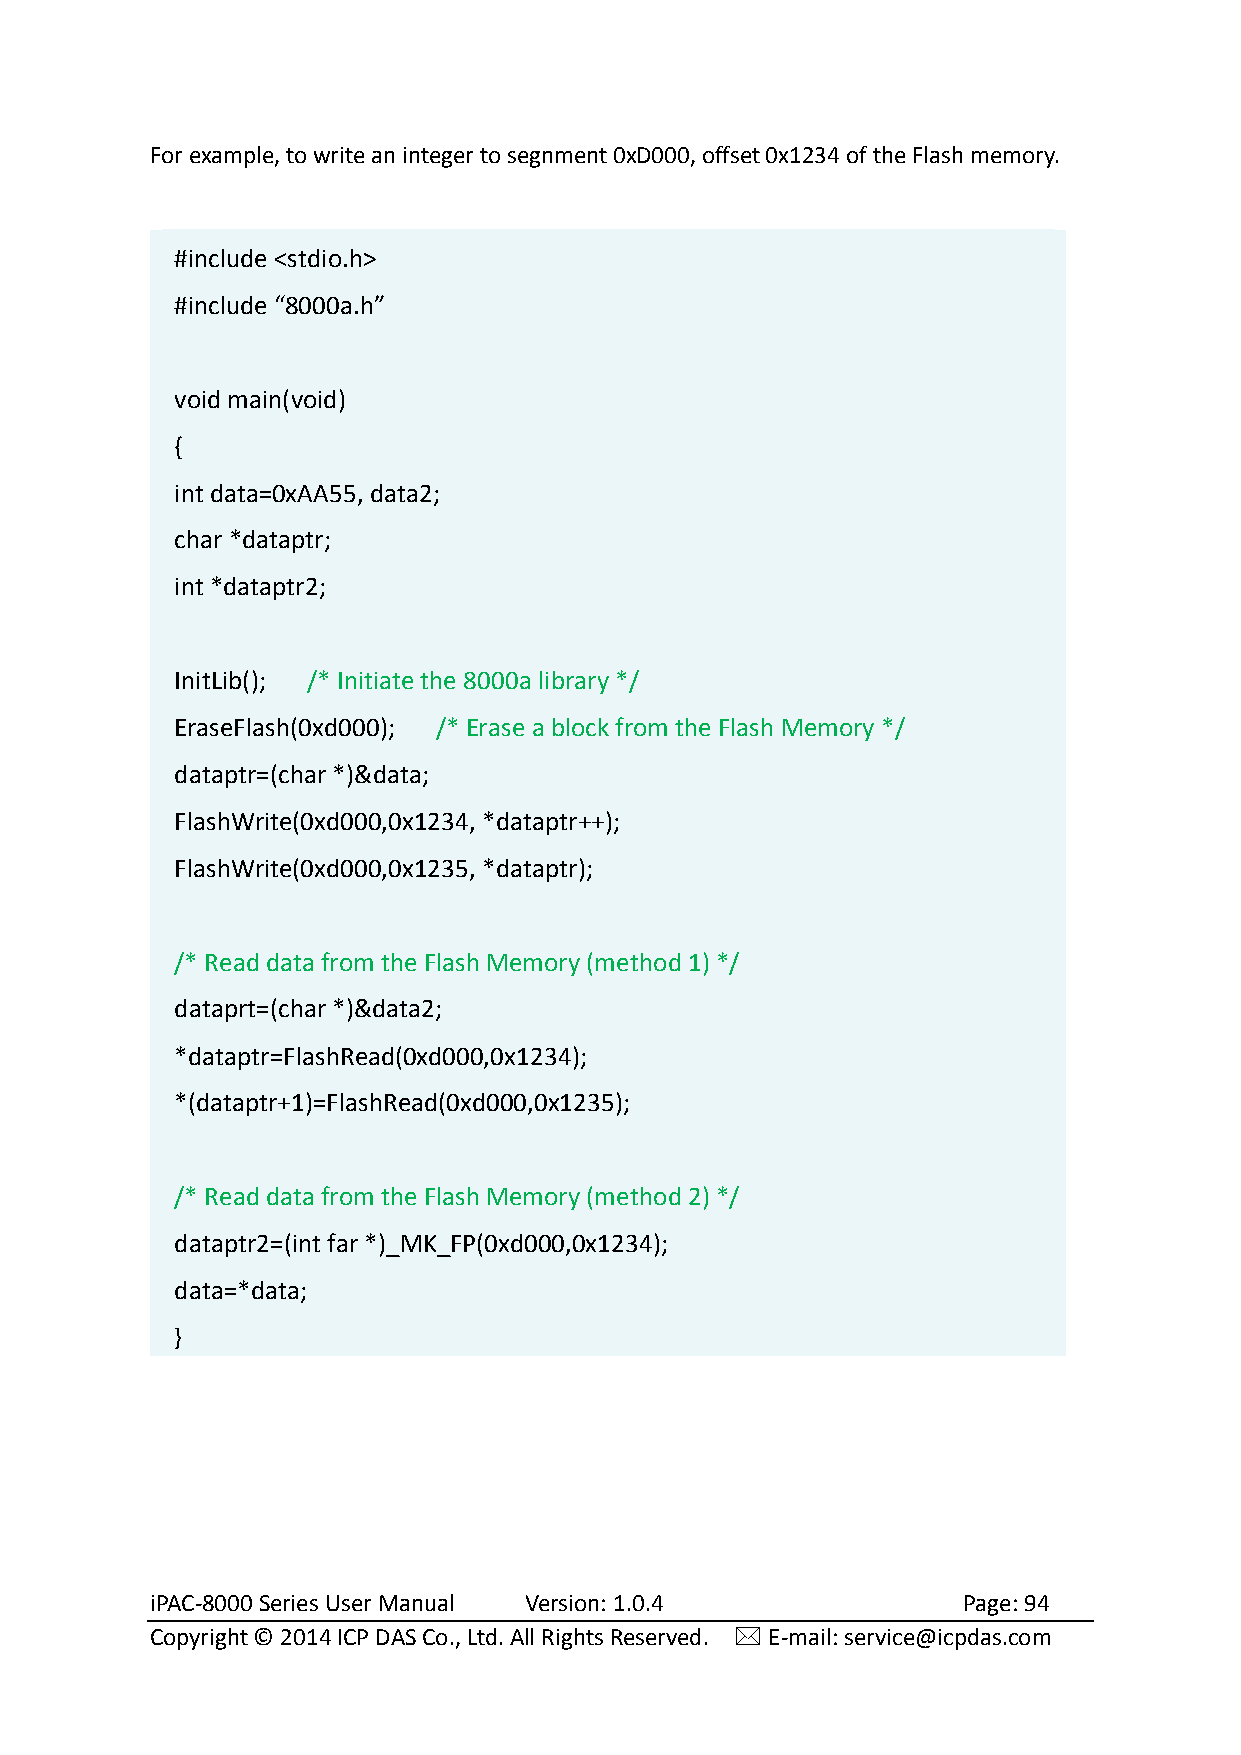
For example, to write an integer to segnment 0xD000, offset 0x1234 of the Flash memory.
 #include <stdio.h>
 #include “8000a.h”
 void main(void)
 {
 int data=0xAA55, data2;
 char *dataptr;
 int *dataptr2;
 InitLib(); /* Initiate the 8000a library */
 EraseFlash(0xd000); /* Erase a block from the Flash Memory */
 dataptr=(char *)&data;
 FlashWrite(0xd000,0x1234, *dataptr++);
 FlashWrite(0xd000,0x1235, *dataptr);
 /* Read data from the Flash Memory (method 1) */
 dataprt=(char *)&data2;
 *dataptr=FlashRead(0xd000,0x1234);
 *(dataptr+1)=FlashRead(0xd000,0x1235);
 /* Read data from the Flash Memory (method 2) */
 dataptr2=(int far *)_MK_FP(0xd000,0x1234);
 data=*data;
 }
 iPAC-8000 Series User Manual Version: 1.0.4           Page: 94
 Copyright © 2014 ICP DAS Co., Ltd. All Rights Reserved.  E-mail: service@icpdas.com